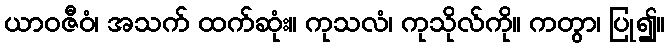
ယာဝဇီဝံ၊ အသက် ထက်ဆုံး။ ကုသလံ၊ ကုသိုလ်ကို။ ကတွာ၊ ပြု၍။